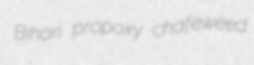
Bihari propoxy chafeweed